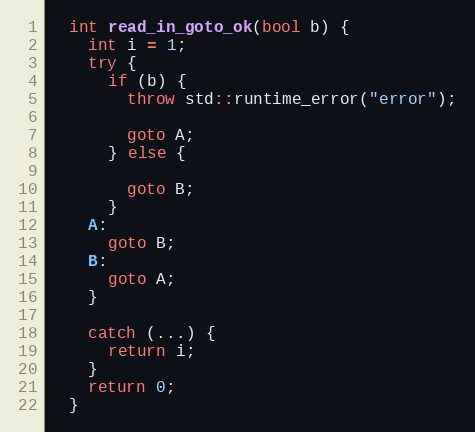
Language: C++
  int read_in_goto_ok(bool b) {
    int i = 1;
    try {
      if (b) {
        throw std::runtime_error("error");

        goto A;
      } else {

        goto B;
      }
    A:
      goto B;
    B:
      goto A;
    }

    catch (...) {
      return i;
    }
    return 0;
  }